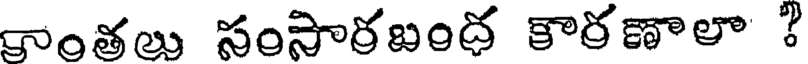
కాంతలు సంసారబంద కారణాలా ?